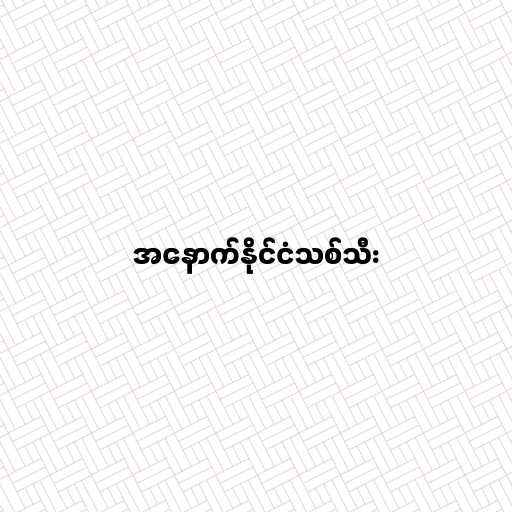
အနောက်နိုင်ငံသစ်သီး